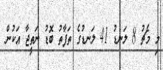
މި މެޗު 8 ލަނޑު 41 ލަނޑުގެ ތަފާތު ބޮޑު ނަތީޖާ އަކުން